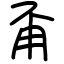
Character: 甭